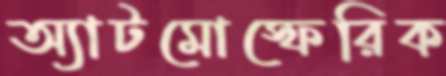
অ্যাটমোস্ফেরিক